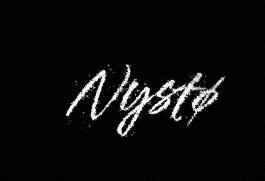
Nystø